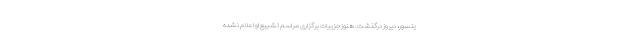
ینسور، دیروز درگذشت. هنوز جزییات برگزاری مراسم تشییع او اعلام نشده